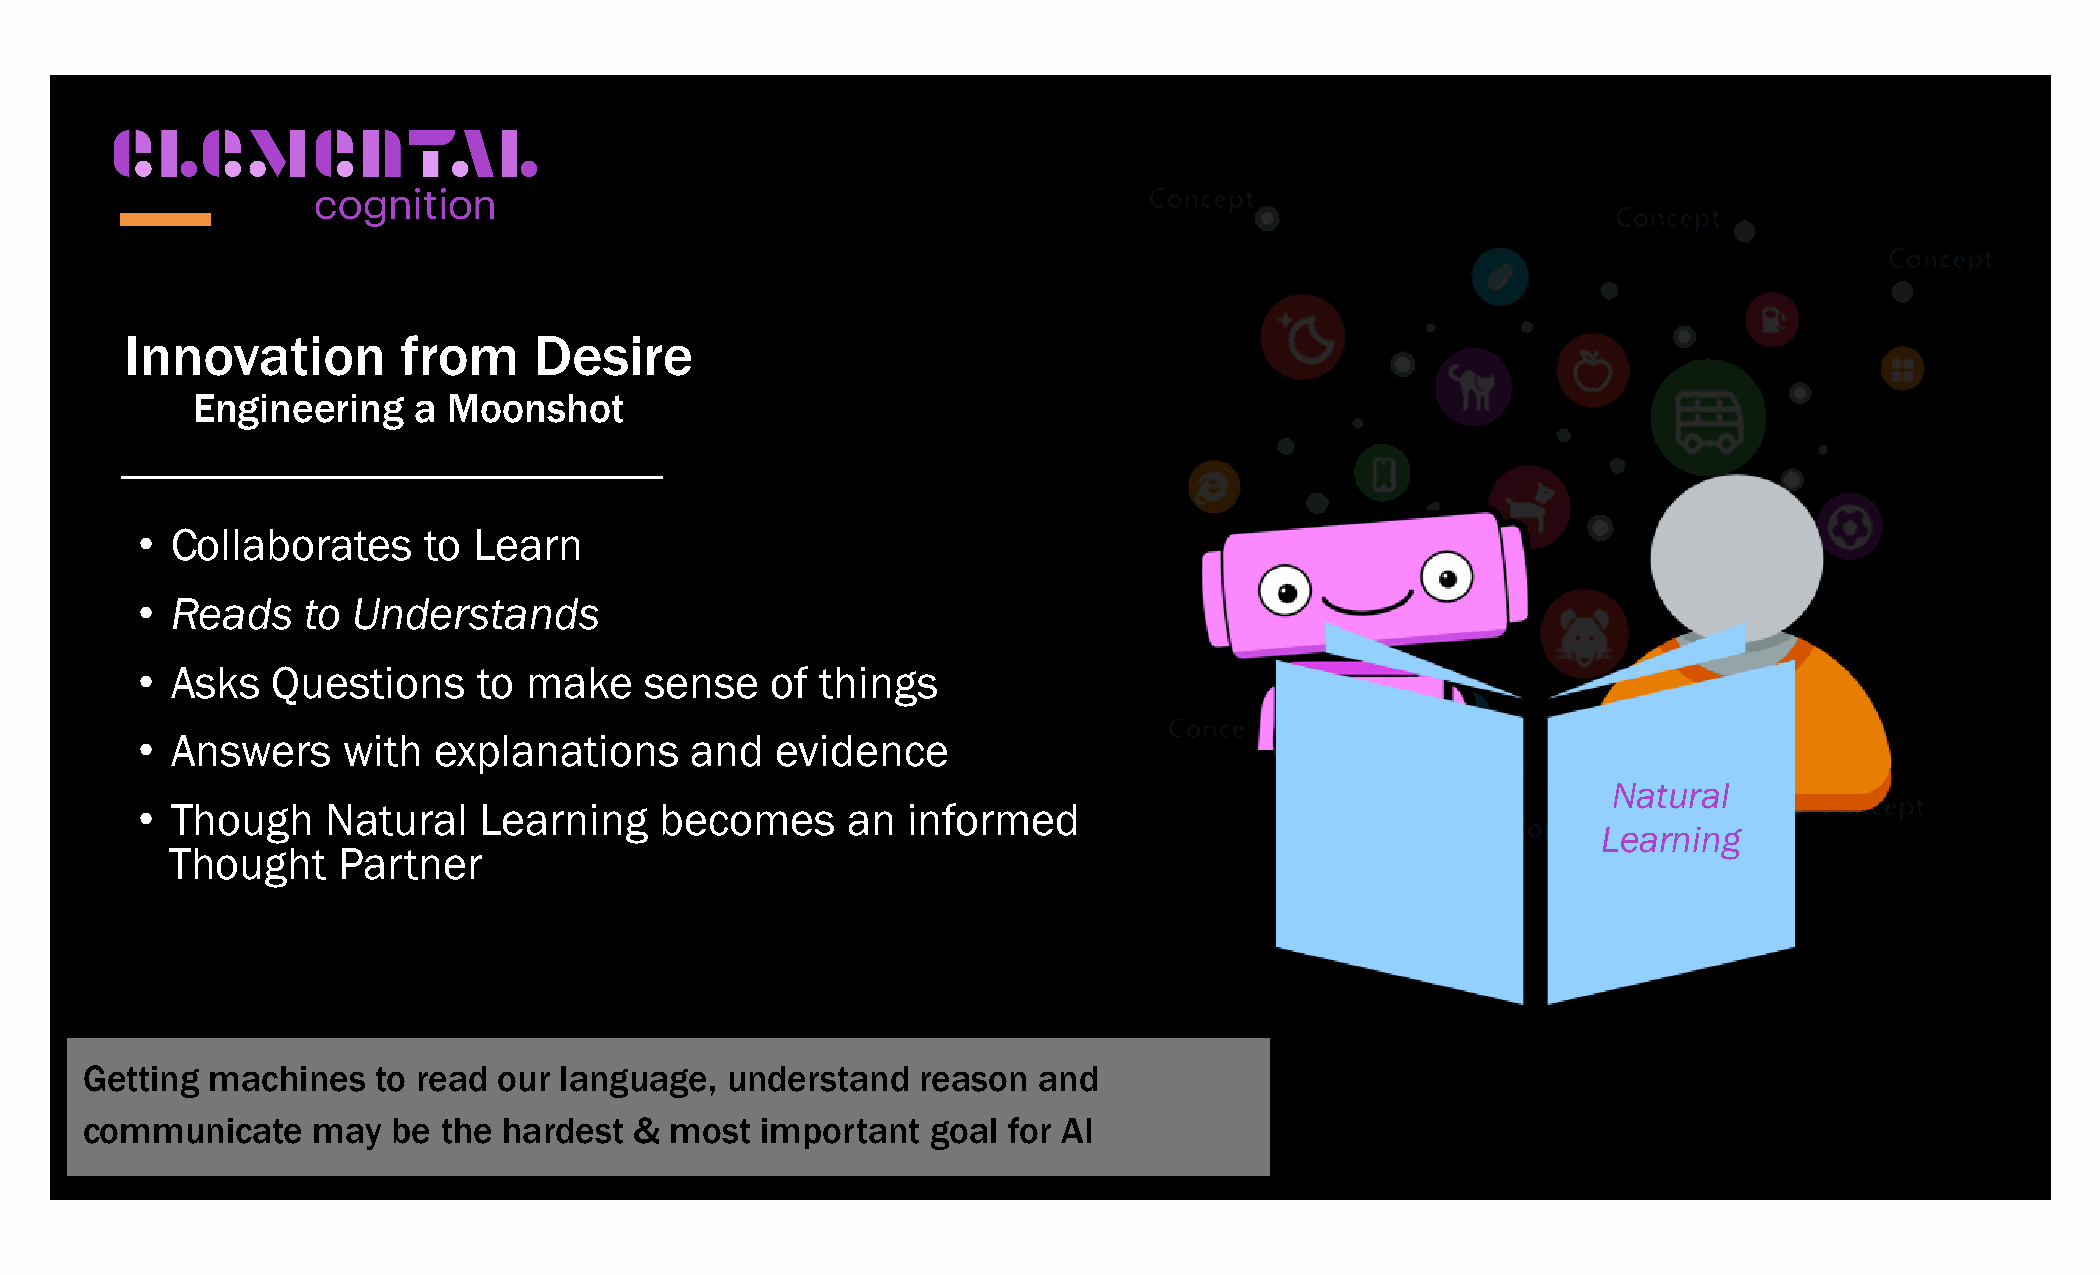
Innovation         from    Desire
 Engineering   a  Moonshot
 • Collaborates     to Learn
 • Reads    to Understands
 • Asks   Questions     to make    sense   of things
 • Answers     with  explanations     and  evidence
 Natural
 • Though     Natural   Learning    becomes     an  informed
 Learning
 Thought    Partner
 Getting  machines   to read our language,  understand   reason  and
 communicate     may  be the hardest  & most  important   goal for AI